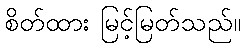
စိတ်ထား မြင့်မြတ်သည်။